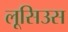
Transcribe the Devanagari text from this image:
लूसिउस